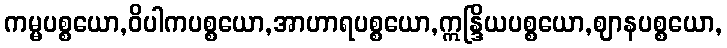
ကမ္မပစ္စယော,ဝိပါကပစ္စယော,အာဟာရပစ္စယော,ဣန္ဒြိယပစ္စယော,ဈာနပစ္စယော,